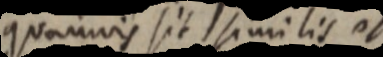
quamvis sit similis et